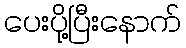
ပေးပို့ပြီးနောက်